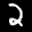
Label: 2